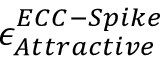
\epsilon _ { A t t r a c t i v e } ^ { E C C - S p i k e }